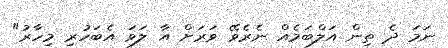
ނަމަ ދެ ތިން އަލްބަމެއް ނެރެވޭ ވަރަށް އާ ލަވަ އެބަހުރި މިހާރު"